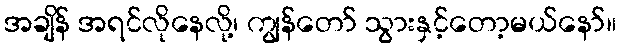
အချိန် အရင်လိုနေလို့၊ ကျွန်တော် သွားနှင့်တော့မယ်နော်။